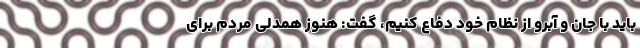
باید با جان و آبرو از نظام خود دفاع کنیم، گفت: هنوز همدلی مردم برای